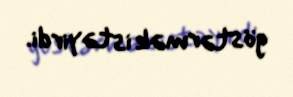
göstərmək istəyirdi.